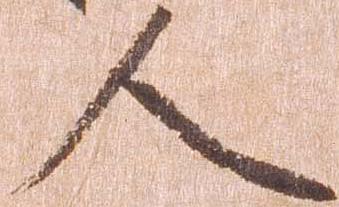
人